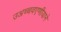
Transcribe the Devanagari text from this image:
उअच्चवएणीयाने